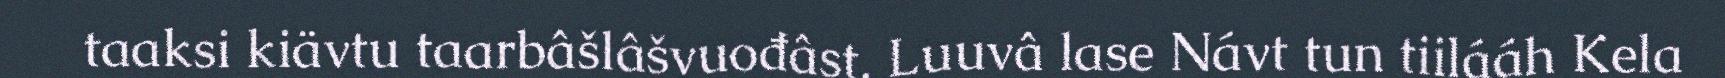
taaksi kiävtu taarbâšlâšvuođâst. Luuvâ lase Návt tun tiilááh Kela